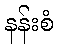
နန်းစံ